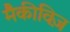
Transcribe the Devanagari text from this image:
मैकीविज़